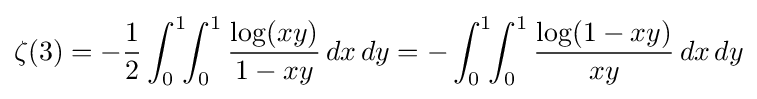
\zeta (3)=-{\frac {1}{2}}\int _{0}^{1}\!\!\int _{0}^{1}{\frac {\log(xy)}{1-xy}}\,dx\,dy=-\int _{0}^{1}\!\!\int _{0}^{1}{\frac {\log(1-xy)}{xy}}\,dx\,dy